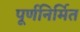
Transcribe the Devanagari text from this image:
पूर्णनिर्मित